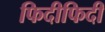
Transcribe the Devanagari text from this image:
फिदीफिदी